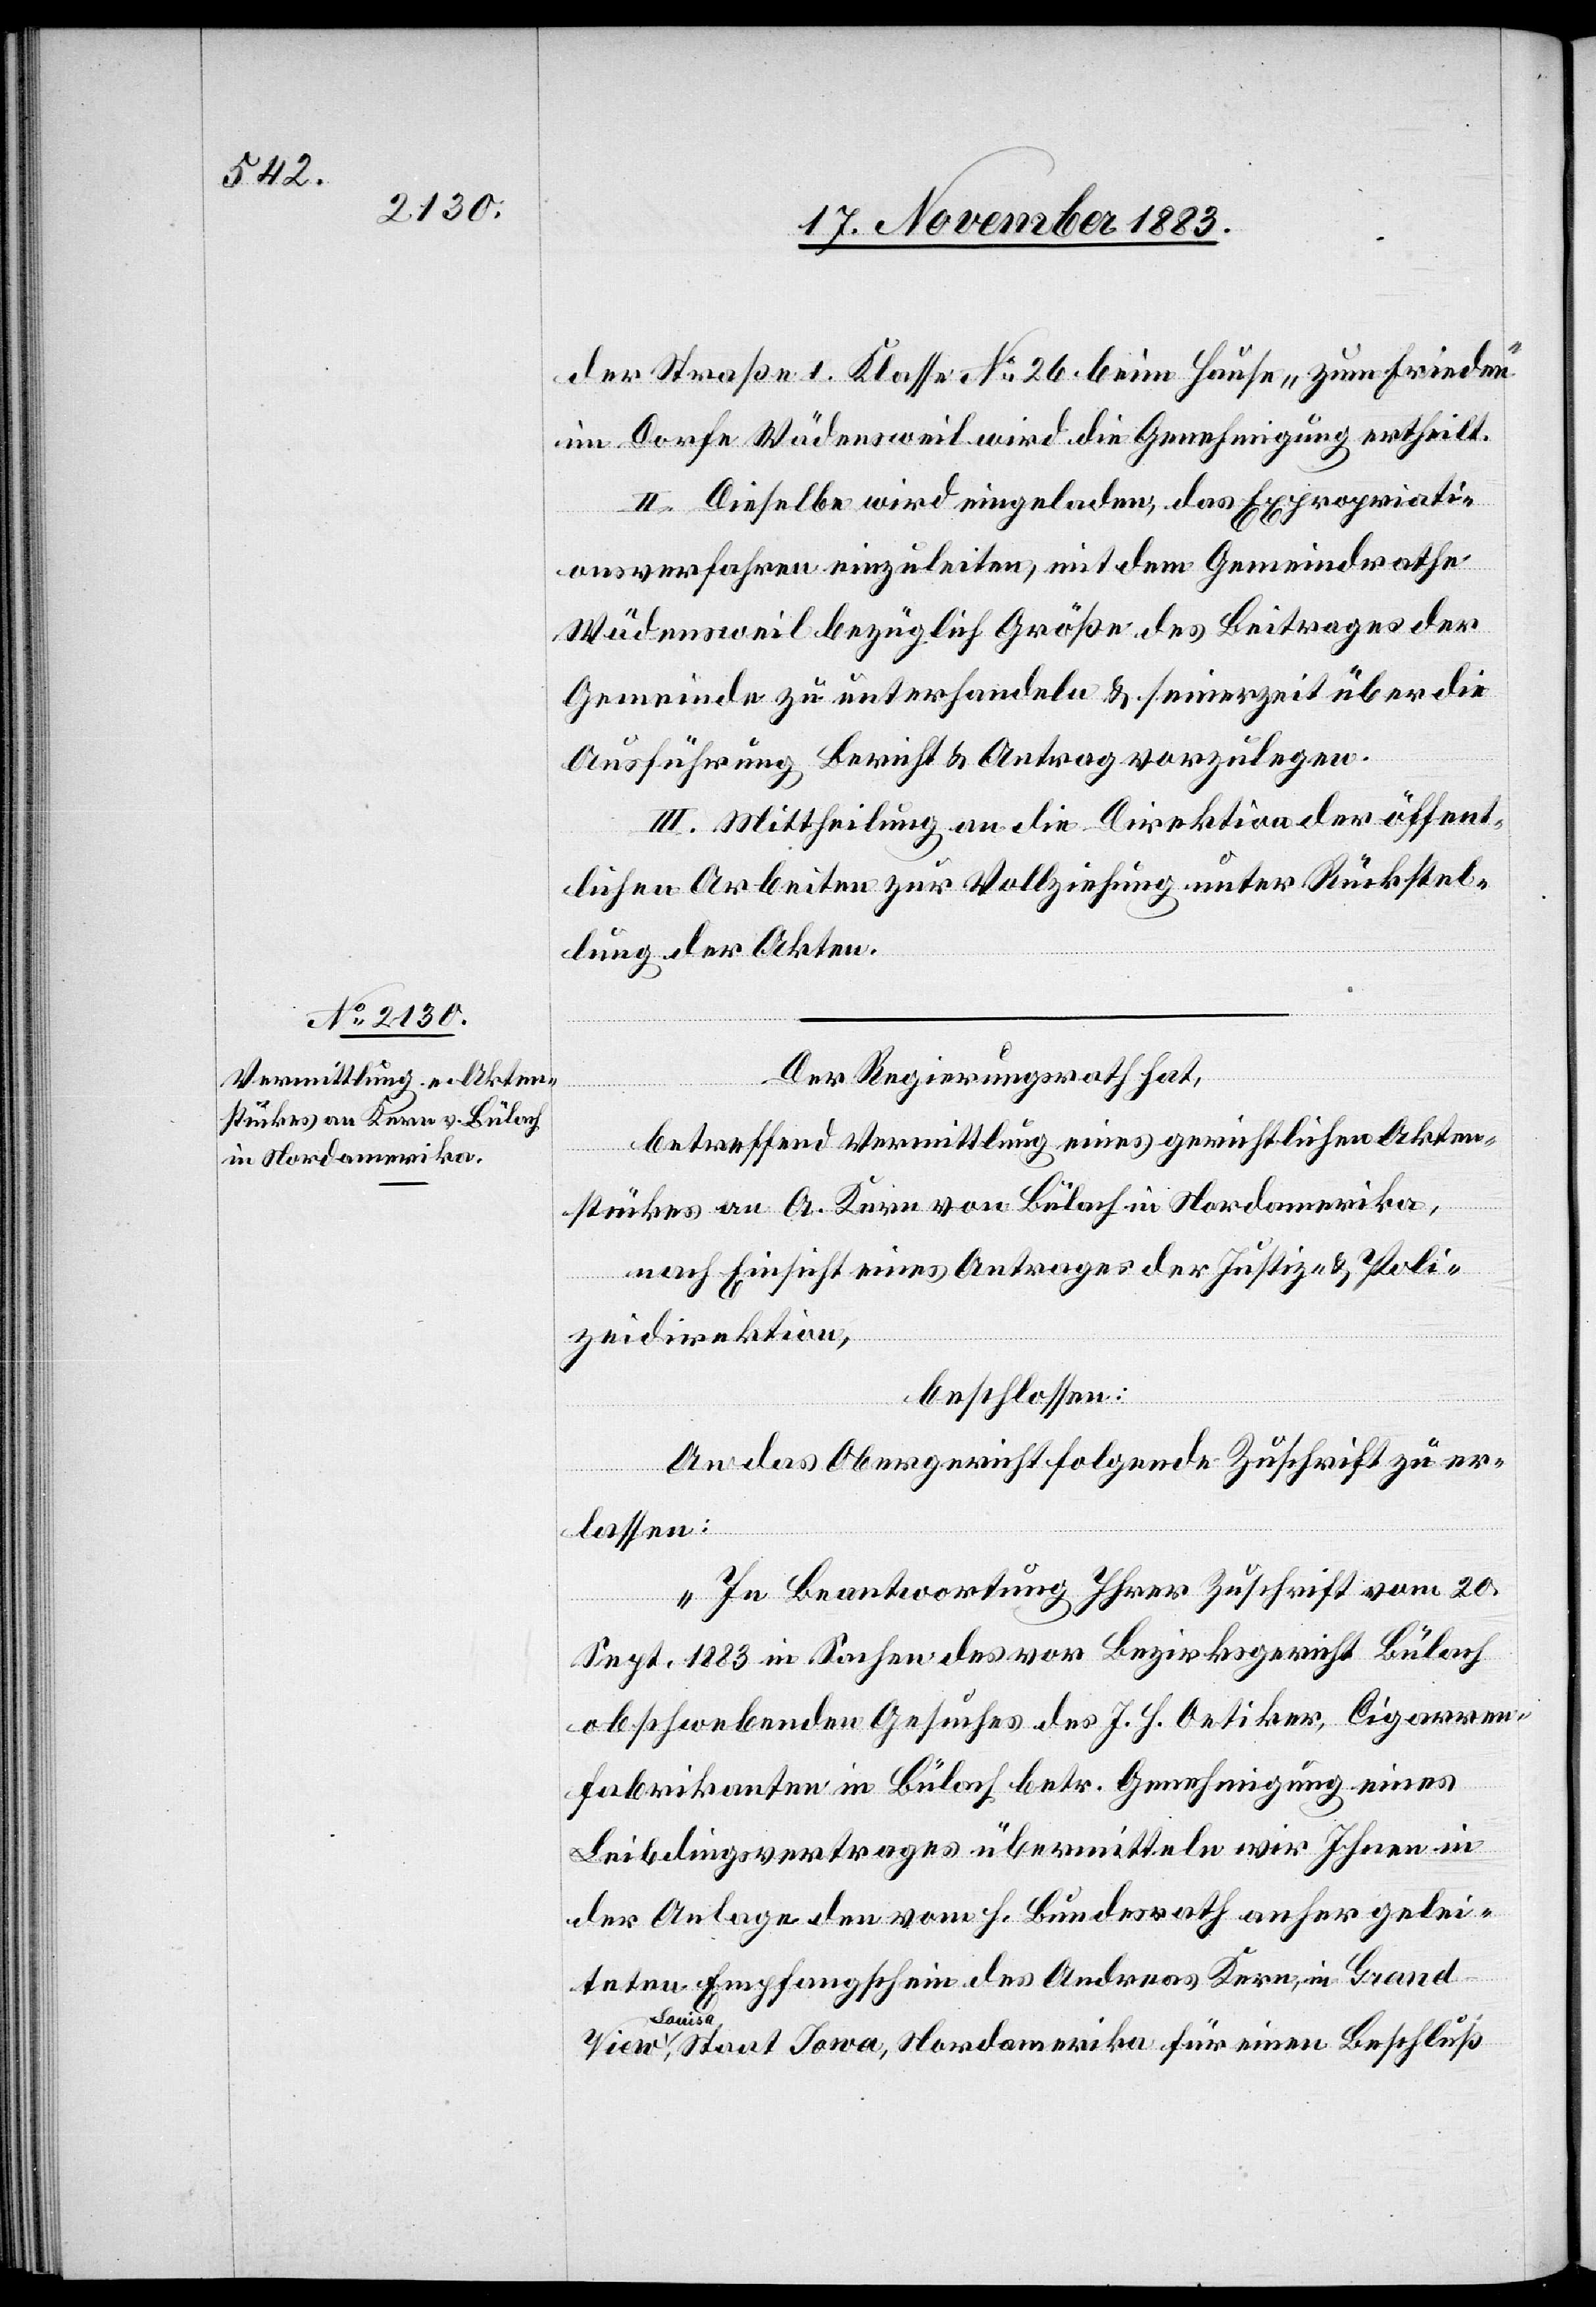
der Straße I. Klasse No 26 beim Hause „zum Frieden“
im Dorfe Wädensweil wird die Genehmigung ertheilt.
II. Dieselbe wird eingeladen, das Expropriati¬
onsverfahren einzuleiten, mit dem Gemeindrathe
Wädensweil bezüglich Größe des Beitrages der
Gemeinde zu unterhandeln & seinerzeit über die
Ausführung Bericht & Antrag vorzulegen.
III. Mittheilung an die Direktion der öffent¬
lichen Arbeiten zur Vollziehung unter Rückstel¬
lung der Akten.
Der Regierungsrath hat,
betreffend Vermittlung eines gerichtlichen Akten¬
View Sou¬
stückes an A. Kern von Bülach in Nordamerika,
nach Einsicht eines Antrages der Justiz- & Poli¬
zeidirektion,
beschlossen:
An das Obergericht folgende Zuschrift zu er¬
lassen:
„In Beantwortung Ihrer Zuschrift vom 20.
Sept. 1883 in Sachen des vor Bezirksgericht Bülach
obschwebenden Gesuches des J. H. Oetiker, Cigarren¬
fabrikanten in Bülach betr. Genehmigung eines
Leibdingsvertrages übermitteln wir Ihnen in
der Anlage den vom h. Bundesrath anher gelei¬
teten Empfangschein des Andreas Kern, in Grand
isa, Staat Iowa, Nordamerika für einen Beschluß